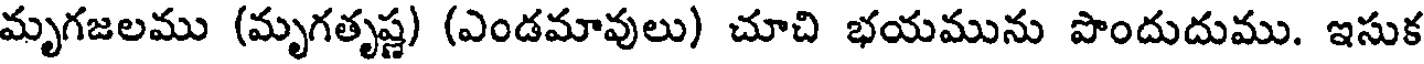
మృగజలము (మృగతృష్ణ) (ఎండమావులు) చూచి భయమును పొందుదుము. ఇసుక